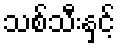
သစ်သီးနှင့်